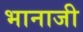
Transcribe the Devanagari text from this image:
भानाजी